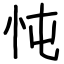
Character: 忳